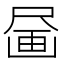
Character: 𪽗